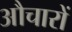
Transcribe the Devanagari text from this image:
औचारों